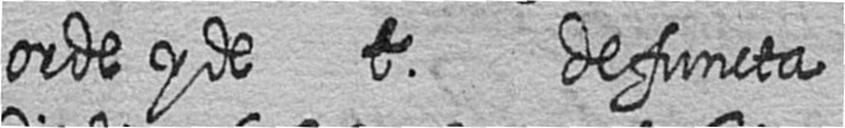
orde y de t defuncta